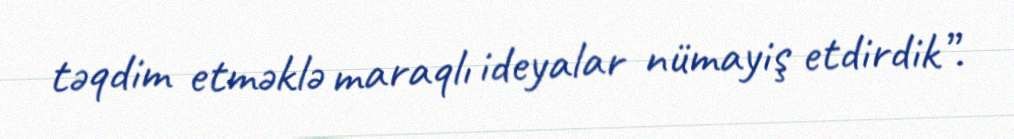
təqdim etməklə maraqlı ideyalar nümayiş etdirdik”.